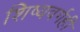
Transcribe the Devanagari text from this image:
शिष्यवर्गही